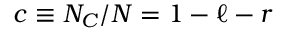
c \equiv N _ { C } / N = 1 - \ell - r